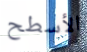
الأسطح